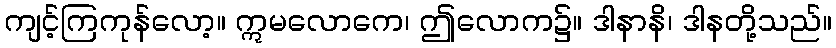
ကျင့်ကြကုန်လော့။ ဣမလောကေ၊ ဤလောက၌။ ဒါနာနိ၊ ဒါနတို့သည်။